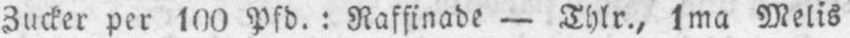
Zucker per 100 Pfd.: Raffinade - Thlr., 1ma Melis